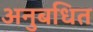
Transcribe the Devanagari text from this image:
अनुबधित